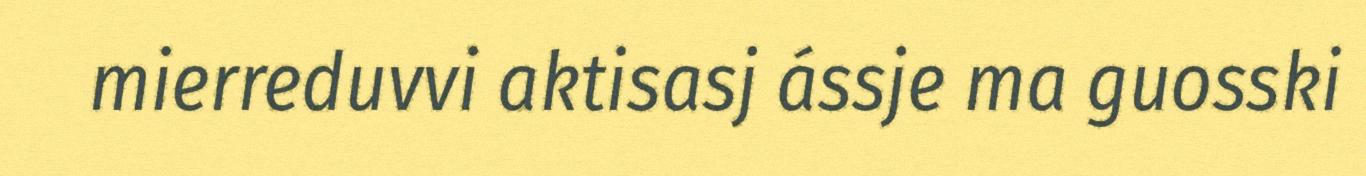
mierreduvvi aktisasj ássje ma guosski